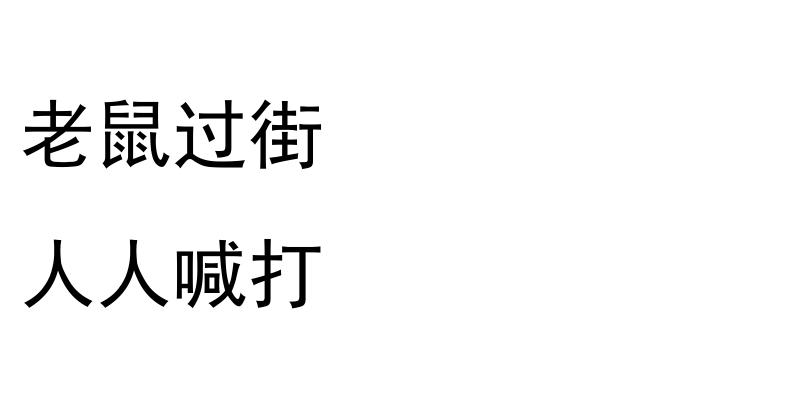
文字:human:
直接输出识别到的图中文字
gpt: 老鼠过街 人人喊打